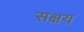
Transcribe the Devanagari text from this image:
सक्षय